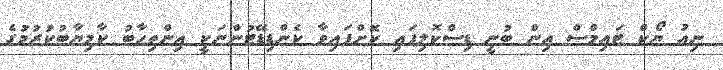
ނިއު ޔޯކް ޓައިމްސް އިން ބުނީ ޑިސްކޮލިފައި ކޮށްފައިވާ ކެންޑިޑޭޓުންނަކީ އިންތިހާބު ކާމިޔާބުކުރުމުގެ